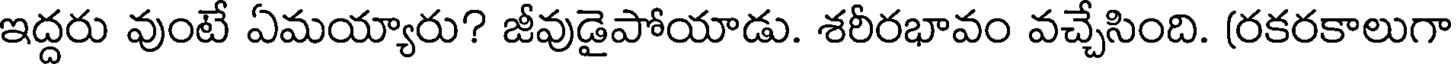
ఇద్దరు వుంటే ఏమయ్యారు? జీవుడైపోయాడు. శరీరభావం వచ్చేసింది. (రకరకాలుగా